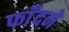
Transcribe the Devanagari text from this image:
फाँदने